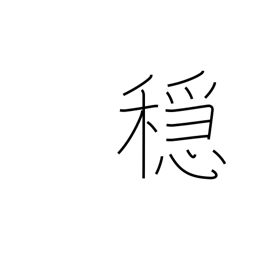
Meaning: moderation